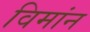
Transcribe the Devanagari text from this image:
विमांन